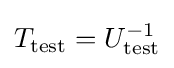
T_{\text{test}}=U_{\text{test}}^{-1}